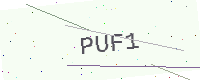
Text: PUF1